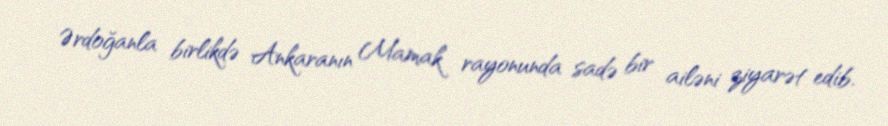
Ərdoğanla birlikdə Ankaranın Mamak rayonunda sadə bir ailəni ziyarət edib.